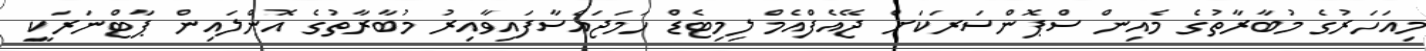
މިއަހަރުގެ މުބާރާތުގެ މެއިން ސްޕޮންސަރަކަށް ޖޭއެފްއެމް ލިމިޓެޑް ހަމަޖައްސާފައިވާއިރު މުބާރާތުގެ އޮންލައިން ޕާޓްނަރަކީ